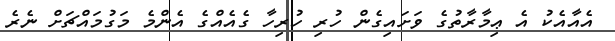
އެއާއެކު އެ ޢިމާރާތުގެ ވަށައިގެން ހުރި ހުރިހާ ގެއެއްގެ އެންމެ މަގުމައްޗަށް ނެރެ